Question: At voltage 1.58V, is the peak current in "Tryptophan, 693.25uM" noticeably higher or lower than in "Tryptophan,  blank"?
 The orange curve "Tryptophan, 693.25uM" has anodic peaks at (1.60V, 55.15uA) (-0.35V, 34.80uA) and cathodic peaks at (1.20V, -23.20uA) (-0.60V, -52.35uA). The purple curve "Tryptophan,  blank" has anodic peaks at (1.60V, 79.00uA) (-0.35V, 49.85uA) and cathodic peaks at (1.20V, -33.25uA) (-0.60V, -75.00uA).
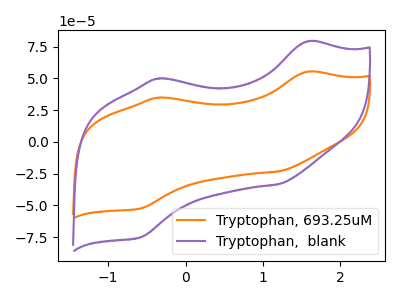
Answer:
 <answer>The peak at 1.58V is lower in "Tryptophan, 693.25uM" than in "Tryptophan,  blank".</answer>
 <eval>lower</eval>